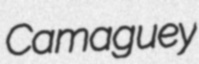
Camaguey